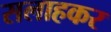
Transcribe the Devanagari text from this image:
सलाहकर